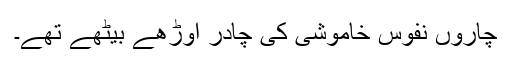
چاروں نفوس خاموشی کی چادر اوڑھے بیٹھے تھے۔